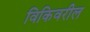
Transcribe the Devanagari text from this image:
विकिवरील